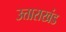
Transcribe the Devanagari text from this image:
उत्ताराखंड